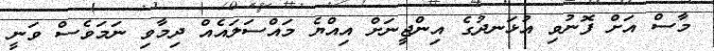
މާސް އަށް ފޮނުވި އުޅަނދުގެ އިންޖީނަށް އިއްޔެ މައްސަލައެއް ދިމާވި ނަމަވެސް ވަނީ